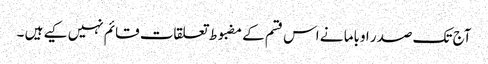
آج تک صدر اوباما نے اس قسم کے مضبوط تعلقات قائم نہیں کیے ہیں ۔